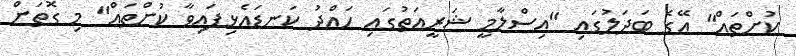
ކުށްތައް" އޭގެ ބަދަލުގައި "އިސްލާމީ ޝަރީއަތުގައި ހައްދު ކަނޑައެޅިފައިވާ ކުށްތައް" މި ގޮތަށް